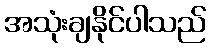
အသုံးချနိုင်ပါသည်